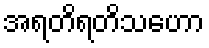
အရတိရတိသဟော